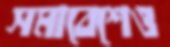
সমাবেশেও